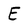
Character: E